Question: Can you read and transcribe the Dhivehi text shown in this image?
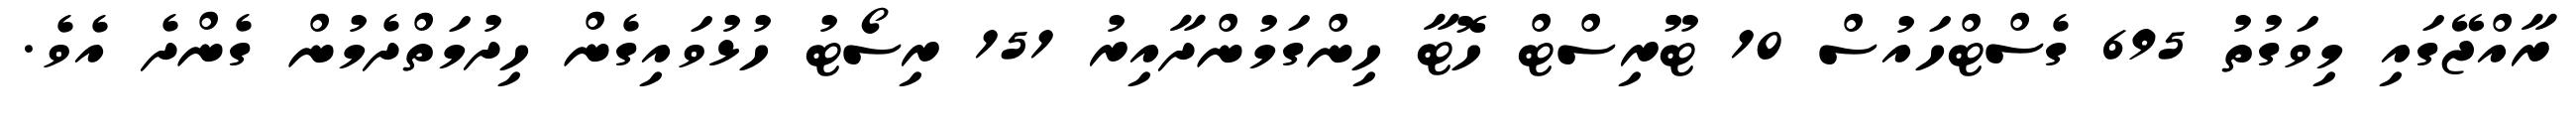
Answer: ރާއްޖޭގައި މިވަގުތު 695 ގެސްޓްހައުސް 10 ޓޫރިސްޓް ހޮޓާ ހިންގަމުންދާއިރު 151 ރިސޯޓު ހުޅުވައިގެން ހިދުމަތްދެމުން ގެންދެ އެވެ.